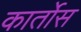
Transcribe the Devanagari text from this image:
कार्तोस